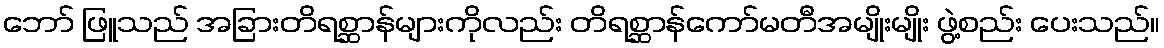
ဘော် ဖြူသည် အခြားတိရစ္ဆာန်များကိုလည်း တိရစ္ဆာန်ကော်မတီအမျိုးမျိုး ဖွဲ့စည်း ပေးသည်။